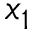
x _ { 1 }